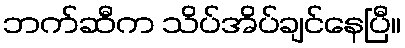
ဘက်ဆီက သိပ်အိပ်ချင်နေပြီ။